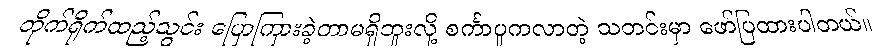
တိုက်ရိုက်ထည့်သွင်း ပြောကြားခဲ့တာမရှိဘူးလို့ စင်္ကာပူကလာတဲ့ သတင်းမှာ ဖော်ပြထားပါတယ်။